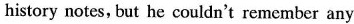
history notes, but he couldn't remember any